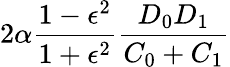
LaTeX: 2\alpha\frac{1-\epsilon^{2}}{1+\epsilon^{2}}\frac{D_{0}D_{1}}{C_{0}+C_{1}}